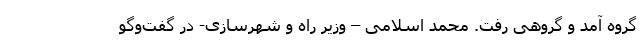
گروه آمد و گروهی رفت. محمد اسلامی – وزیر راه و شهرسازی- در گفت‌وگو